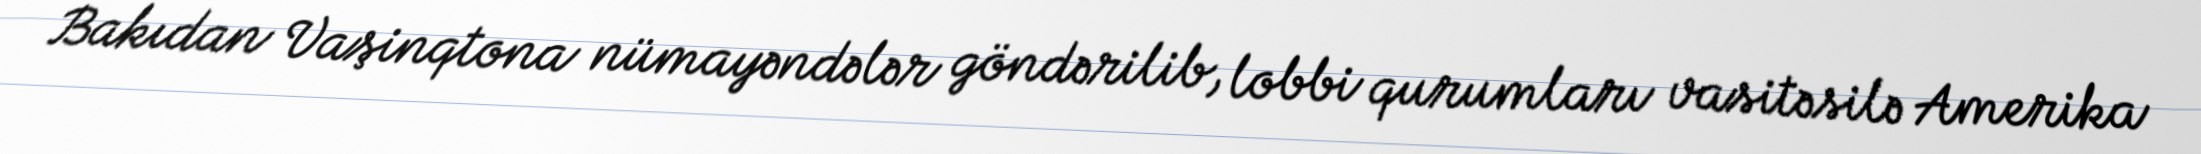
Bakıdan Vaşinqtona nümayəndələr göndərilib, lobbi qurumları vasitəsilə Amerika